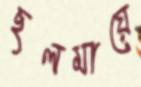
ছলমায়ে